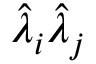
\hat { \lambda } _ { i } \hat { \lambda } _ { j }